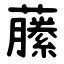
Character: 䕨